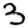
Digit: 3